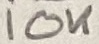
Text: 10K